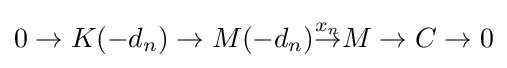
0\to K(-d_{n})\to M(-d_{n}){\overset {x_{n}}{\to }}M\to C\to 0